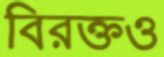
বিরক্তও